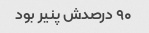
۹۰ درصدش پنیر بود